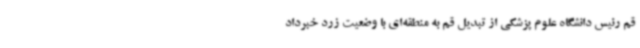
قم رئیس دانشگاه علوم پزشکی از تبدیل قم به منطقه‌ای با وضعیت زرد خبرداد